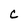
Character: C